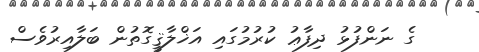
ގެ ނަންފުޅު ދިފާޢު ކުރުމުގައި އަޚްލާޤީގޮތުން ބަލާއިރުވެސް